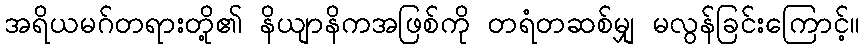
အရိယမဂ်တရားတို့၏ နိယျာနိကအဖြစ်ကို တရံတဆစ်မျှ မလွန်ခြင်းကြောင့်။